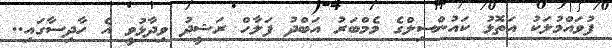
ފުވައްމުލަކު އަތޮޅު ކައުންސިލްގެ މެމްބަރު އަބްދު ފަލާހް ރަޝީދު ވިދާޅުވީ އެ ހާދިސާގައި..